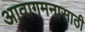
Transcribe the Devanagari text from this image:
आवागमनासाठी